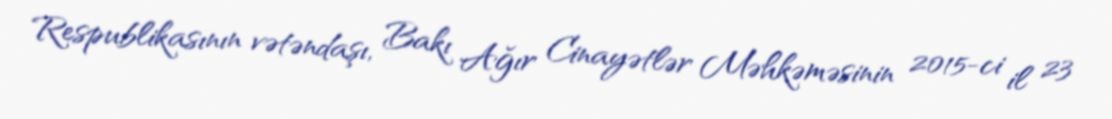
Respublikasının vətəndaşı, Bakı Ağır Cinayətlər Məhkəməsinin 2015-ci il 23